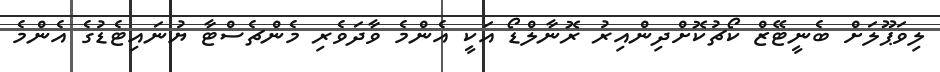
ލިވަޕޫލަށް ބެނީޓޭޒް ކޯޗުކޮށްދިންއިރު ރޮނާލްޑޯ އަކީ އެންމެ ވާދަވެރި މެންޗެސްޓާ ޔުނައިޓެޑުގެ އެންމެ